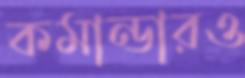
কমান্ডারও